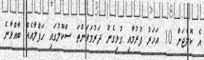
އެ ކޮލެޖަށް 10 އަހަރު ފުރުމާއި ގުޅިގެން ދަރުމަވަންތަ ސްކޫލުގައި ހަފްލާއެއް ބާއްވާނެ